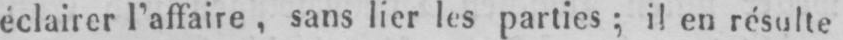
éclairer l’affaire, sans lier les parties; il en résulte